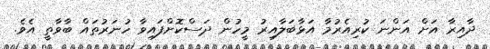
ދާއިރާ އަށް އަންނަ ކުރިއެރުމާ އަޅާބަލާއިރު މީހުން ދަސްކޮށްފައިވާ ހުނަރުތައް ބާވާތީ އެވެ.